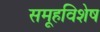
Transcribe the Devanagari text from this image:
समूहविशेष